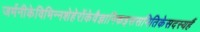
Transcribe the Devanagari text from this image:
जर्मनीकेविभिन्नशेहेरोंकेवैज्ञानिकइससमितिकेसदस्यहैं